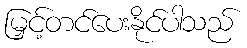
မြှင့်တင်ပေးနိုင်ပါသည်